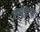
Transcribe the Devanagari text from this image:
लघुकथा।